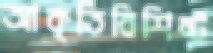
আকৃতিবিশিষ্ট